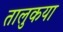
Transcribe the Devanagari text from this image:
तालुकया